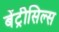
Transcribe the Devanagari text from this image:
बेंट्रीसिल्स